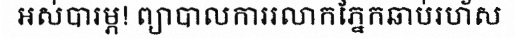
អស់បារម្ភ! ព្យាបាលការរលាកភ្នែកឆាប់រហ័ស